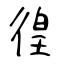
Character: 徨